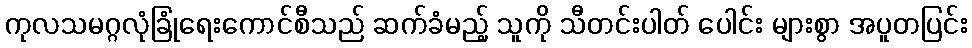
ကုလသမဂ္ဂလုံခြုံရေးကောင်စီသည် ဆက်ခံမည့် သူကို သီတင်းပါတ် ပေါင်း များစွာ အပူတပြင်း